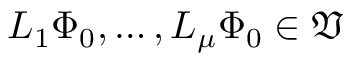
L _ { 1 } \Phi _ { 0 } , \ldots , L _ { \mu } \Phi _ { 0 } \in \mathfrak { V }